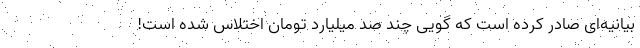
بیانیه‌ای صادر کرده است که گویی چند صد میلیارد تومان اختلاس شده است!